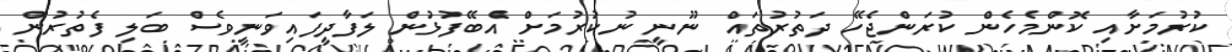
ކުރުމަށާއި ކޮންމެހެން ކުރަންޖެހޭ ދަތުރުތައް ނޫނީ ނުކުރުމަށް އެބޭފުޅުން ލަފާދީފައިވަނީވެސް ބަލި ފެތުރުން